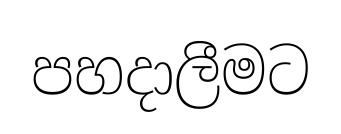
පහදාලීමට